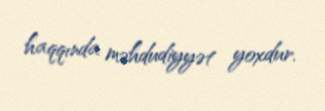
haqqında məhdudiyyət yoxdur.